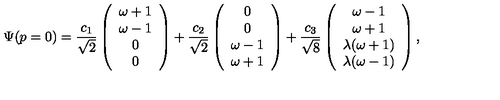
\Psi ( p = 0 ) = \frac { c _ { 1 } } { \sqrt 2 } \left( \begin{array} { c } { \omega + 1 } \\ { \omega - 1 } \\ { 0 } \\ { 0 } \\ \end{array} \right) + \frac { c _ { 2 } } { \sqrt 2 } \left( \begin{array} { c } { 0 } \\ { 0 } \\ { \omega - 1 } \\ { \omega + 1 } \\ \end{array} \right) + \frac { c _ { 3 } } { \sqrt 8 } \left( \begin{array} { c } { \omega - 1 } \\ { \omega + 1 } \\ { \lambda ( \omega + 1 ) } \\ { \lambda ( \omega - 1 ) } \\ \end{array} \right) ,